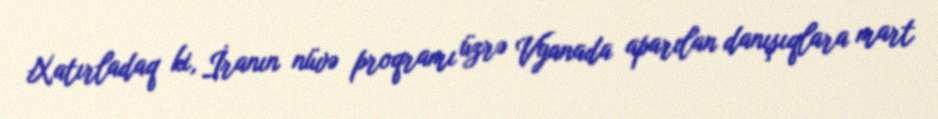
Xatırladaq ki, İranın nüvə proqramı üzrə Vyanada aparılan danışıqlara mart